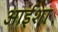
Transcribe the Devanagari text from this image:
आईशा